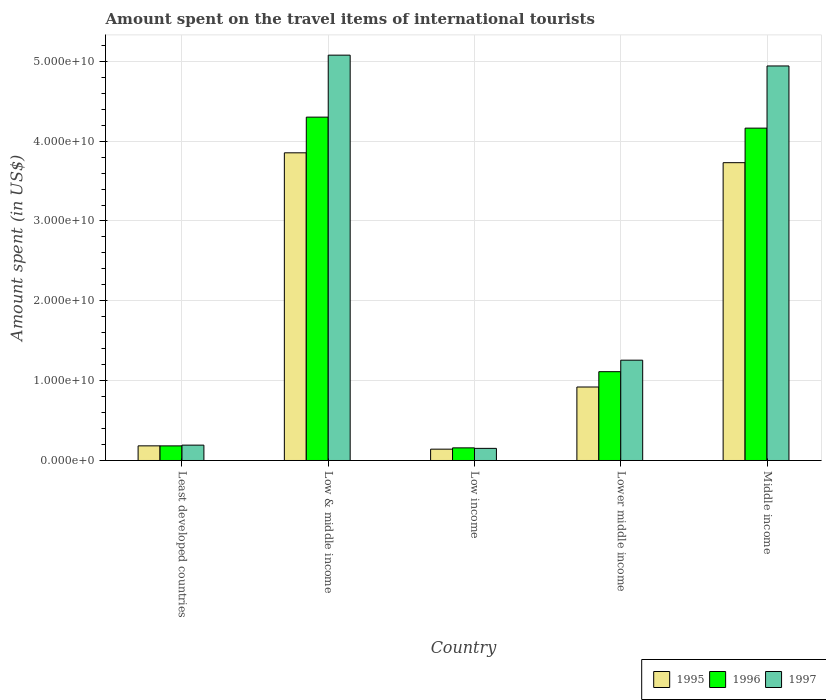
| Country | 1995 | 1996 | 1997 |
 | --- | --- | --- | --- |
 | Least developed countries | 1.83e+09 | 1.83e+09 | 1.92e+09 |
 | Low & middle income | 3.85e+10 | 4.3e+10 | 5.08e+10 |
 | Low income | 1.42e+09 | 1.58e+09 | 1.52e+09 |
 | Lower middle income | 9.2e+09 | 1.11e+10 | 1.26e+10 |
 | Middle income | 3.73e+10 | 4.16e+10 | 4.94e+10 |